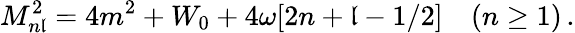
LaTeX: M_{n\mathfrak{l}}^{2}=4m^{2}+W_{0}+4\omega[2n+\mathfrak{l}-1/2]\ ~~\ (n\geq1)\, .